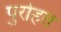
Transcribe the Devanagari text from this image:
पुरोहत